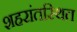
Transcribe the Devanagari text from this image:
शहरांतस्थित